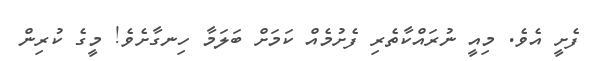
ފެށީ އެވެ. މިއީ ނުރައްކާތެރި ފެށުމެއް ކަމަށް ބަލަމާ ހިނގާށެވެ! މީގެ ކުރިން